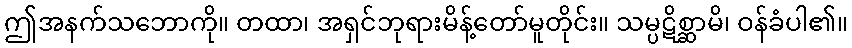
ဤအနက်သဘောကို။ တထာ၊ အရှင်ဘုရားမိန့်တော်မူတိုင်း။ သမ္ပဋိစ္ဆာမိ၊ ဝန်ခံပါ၏။